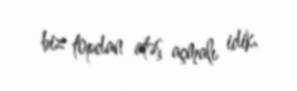
biz topdan atəş açmalı idik.